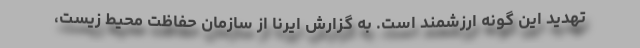
تهدید این گونه ارزشمند است. به گزارش ایرنا از سازمان حفاظت محیط زیست،